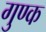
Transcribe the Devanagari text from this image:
गुण्क